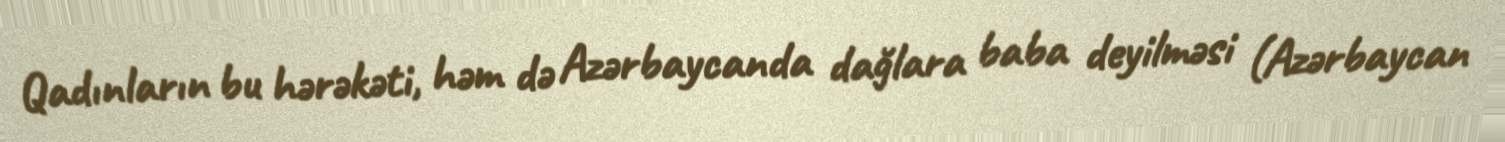
Qadınların bu hərəkəti, həm də Azərbaycanda dağlara baba deyilməsi (Azərbaycan